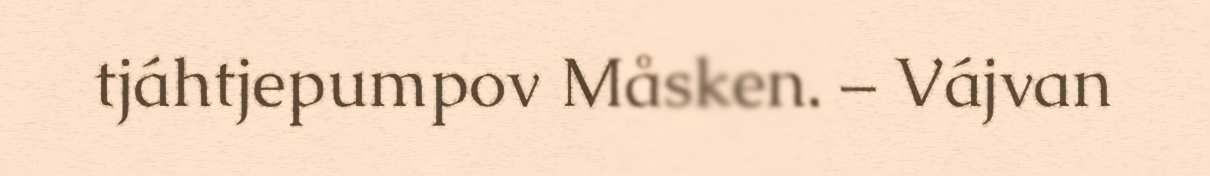
tjáhtjepumpov Måsken. – Vájvan